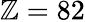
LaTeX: \mathbb{Z}=82